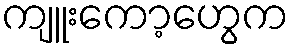
ကျူးကော့ဟွေက